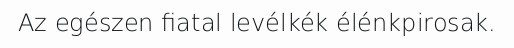
Az egészen fiatal levélkék élénkpirosak.